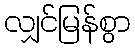
လျှင်မြန်စွာ